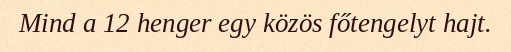
Mind a 12 henger egy közös főtengelyt hajt.